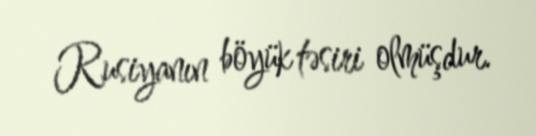
Rusiyanın böyük təsiri olmüşdur.